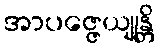
အာပဇ္ဇေယျုန္တိ